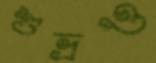
শুভ্রও